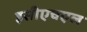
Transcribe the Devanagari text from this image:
इसीएचएल